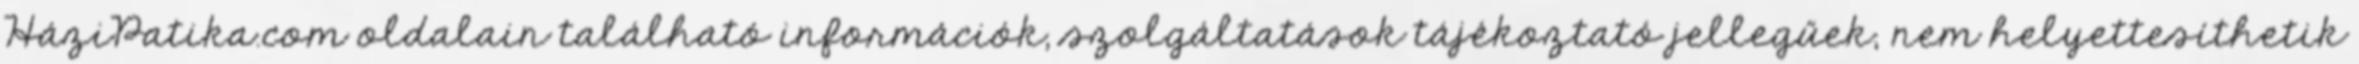
HáziPatika.com oldalain található információk, szolgáltatások tájékoztató jellegűek, nem helyettesíthetik